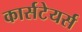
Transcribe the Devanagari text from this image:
कार्सटेयर्स